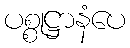
ပစ္စုဋ္ဌာနံပေ